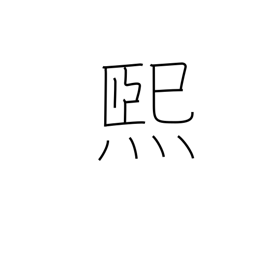
Meaning: shine